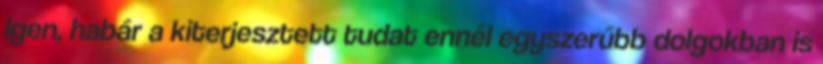
Igen, habár a kiterjesztett tudat ennél egyszerűbb dolgokban is